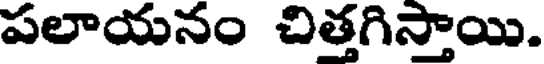
పలాయనం చిత్తగిస్తాయి.